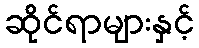
ဆိုင်ရာများနှင့်